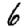
Digit: 6